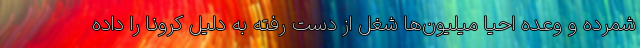
شمرده و وعده احیا میلیون‌ها شغل از دست رفته به دلیل کرونا را داده